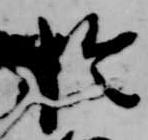
於